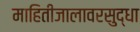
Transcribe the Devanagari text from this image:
माहितीजालावरसुद्धा